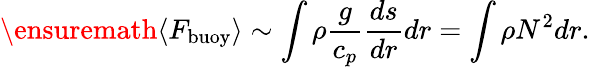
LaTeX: \ensuremath{\left\langle F_{\mathrm{buoy}}\right\rangle}\sim\int\rho\frac{g}{c_{p}}\frac{ds}{dr}dr=\int\rho N^{2}dr.